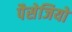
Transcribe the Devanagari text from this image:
पैसेजियो